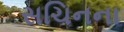
સચિનના